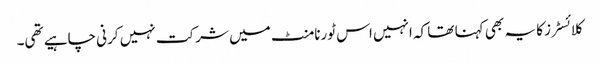
کلائسٹرز کا یہ بھی کہنا تھا کہ انہیں اس ٹورنامنٹ میں شرکت نہیں کرنی چاہیے تھی۔